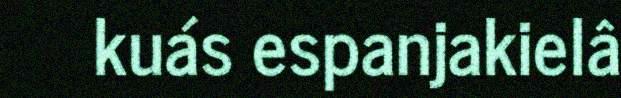
kuás espanjakielâ